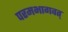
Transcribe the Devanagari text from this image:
परमभागवत्